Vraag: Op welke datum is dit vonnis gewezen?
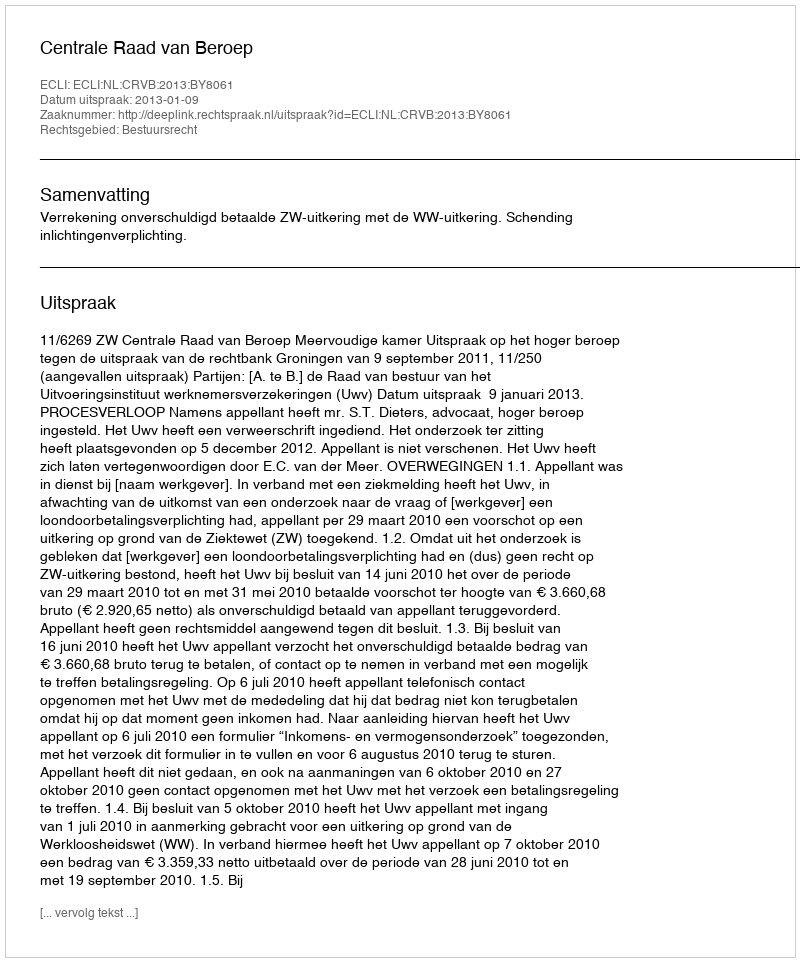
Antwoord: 2013-01-09